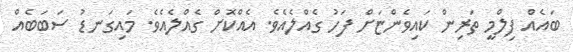
ބައެއް ފިލްމީ ތަރިން ކައިވެންޏަށް ފަހު ގެއްލެއެވެ. އެއްކޮށް ގެއްލެއެވެ. މައިގަނޑު ސަބަބެއް